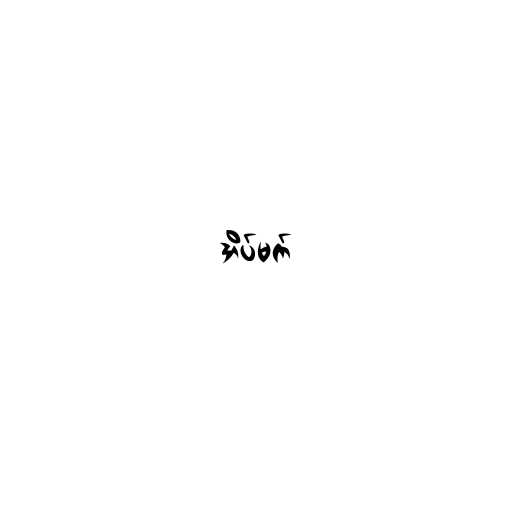
အိပ်မက်